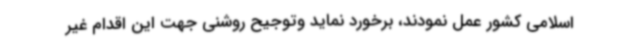
اسلامی کشور عمل نمودند، برخورد نماید وتوجیح روشنی جهت این اقدام غیر